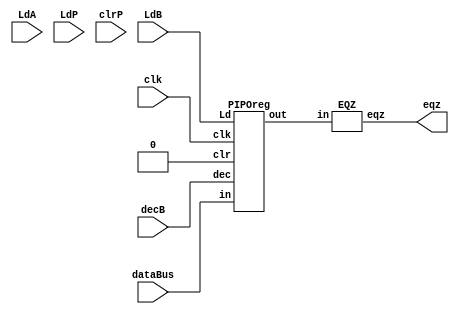
module multiplier_datapath (eqz,dataBus,LdA,LdB,LdP,clrP,decB,clk);
	input [15:0] dataBus;
	input LdA,LdB,LdP,clrP,decB,clk;
	output eqz;
	wire [15:0] Aout,Pout,Sum,Bout;

	PIPOreg A (Aout,dataBus,LdA,1'b0,1'b0,clk);
	PIPOreg B (Bout,dataBus,LdB,decB,1'b0,clk);
	PIPOreg P (Pout,Sum,LdP,1'b0,clrP,clk);
	ADDER add (Sum,Aout,Pout);
	EQZ comp (eqz,Bout);
endmodule

module PIPOreg (out,in,Ld,dec,clr,clk);
	input [15:0] in;
	input Ld,dec,clr,clk;
	output reg [15:0] out;

	always @ (negedge clk)
		if (Ld) out <= in;
		else if (dec) out <= out-1;
		else if (clr) out <= 16'b0;
endmodule

module ADDER (Sum,A,B);
	input [15:0] A,B;
	output [15:0] Sum;

	assign Sum = A+B;
endmodule

module EQZ (eqz,in);
	input [15:0] in;
	output eqz;

	assign eqz = (in==0);
endmodule

module multiplier_controller (LdA,LdB,LdP,clrP,decB,done,eqz,start,clk);
	input eqz,start,clk;
	output reg LdA,LdB,LdP,clrP,decB,done;
	reg [2:0] state;
	parameter S0=0,S1=1,S2=2,S3=3,S4=4;

	always @ (posedge clk) case (state)
		S0 : if (start) state <= S1;
		S1 : state <= S2;
		S2 : state <= S3;
		S3 : if (eqz) state <= S4;
		S4 : state <= S4;
		default : state <= S0;
 	endcase

	always @ (state) case (state)
		S0: begin LdA=0;LdB=0;LdP=0;clrP=0;decB=0;done=0; end
		S1: LdA=1;
		S2: begin LdA=0;LdB=1;clrP=1; end
		S3: begin LdB=0;LdP=1;clrP=0;decB=1; end
		S4: begin LdP=0;decB=0;done=1; end
		default : begin LdA=0;LdB=0;LdP=0;clrP=0;decB=0;done=0; end
	endcase
endmodule

module testbench;
	reg [15:0] dataBus;
	reg clk,start;
	wire LdA,LdB,LdP,clrP,decB,done,eqz;
	multiplier_controller MC (LdA,LdB,LdP,clrP,decB,done,eqz,start,clk);
	multiplier_datapath MD (eqz,dataBus,LdA,LdB,LdP,clrP,decB,clk);

	always #5 clk = ~clk;
	always #5 if (done) $finish;

	initial begin
		$dumpfile ("waveform.vcd");
		$dumpvars (0,testbench);
		$monitor ($time," product = %2d, done = %b",MD.Pout,done);
	end

	initial begin
		clk = 0;
		start = 0;
		dataBus = 7;
		#1 start = 1;
		#24 dataBus = 15;
	end
endmodule